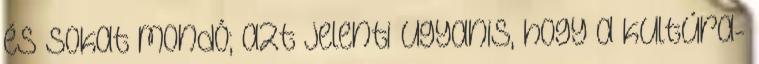
és sokat mondó; azt jelenti ugyanis, hogy a kultúra-